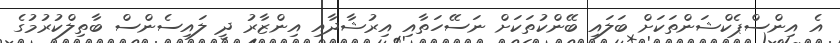
އެ އިންސްޕެކްޝަންތަކަށް ބަލައި ބޭންކުތަކަށް ނަސޭހަތާއި އިރުޝާދާއި އިންޒާރު ދީ ލައިސެންސް ބާތިލްކުރުމުގެ